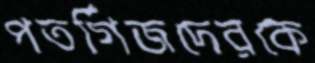
পতর্গিজদেরকে